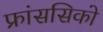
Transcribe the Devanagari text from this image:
फ्रांससिको